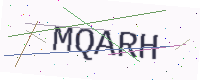
Text: MQARH